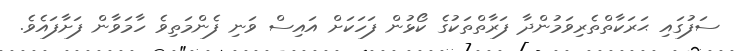
ސަފުގައި ޙަރަކާތްތެރިވަމުންދާ ފަރާތްތަކުގެ ކޯޅުން ފަހަކަށް އައިސް ވަނި ފެންމަތިވެ ހާމަވާން ފަށާފައެވެ.